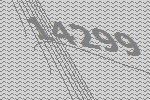
14299